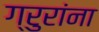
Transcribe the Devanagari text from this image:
ग्रुरांना